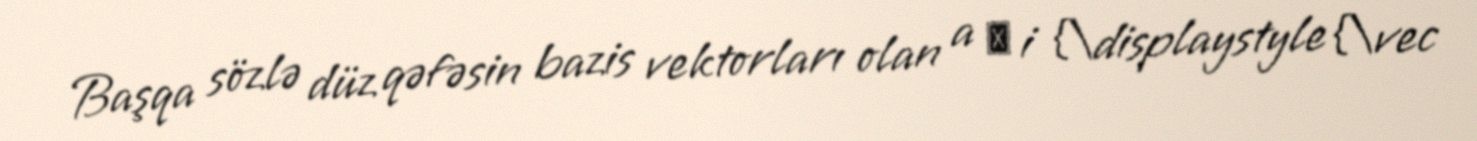
Başqa sözlə düz qəfəsin bazis vektorları olan a → i {\displaystyle {\vec